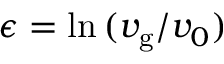
\epsilon = \ln { ( v _ { \mathrm { g } } / v _ { 0 } ) }